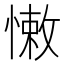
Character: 𢠂